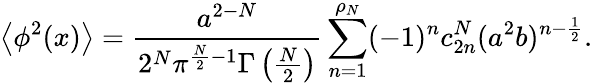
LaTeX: \left<\phi^{2}(x)\right>={\frac{a^{2-N}}{2^{N}\pi^{\frac N2-1}\Gamma\left(\frac N2\right)}}\sum_{n=1}^{\rho_{N}}(-1)^{n}c_{2n}^{N}(a^{2}b)^{n-\frac 12}.